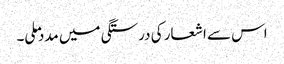
اس سے اشعار کی درستگی میں مدد ملی۔